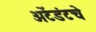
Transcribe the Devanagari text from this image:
अटेंडंटचे